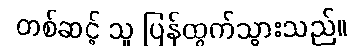
တစ်ဆင့် သူ ပြန်ထွက်သွားသည်။